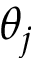
\theta _ { j }